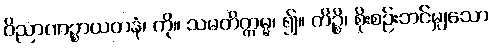
ဝိညာဏဉ္စာယတနံ၊ ကို။ သမတိက္ကမ္မ၊ ၍။ ကိဉ္စိ၊ စိုးစဉ်းဘင်မျှသော